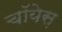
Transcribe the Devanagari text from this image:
चॉयेस़